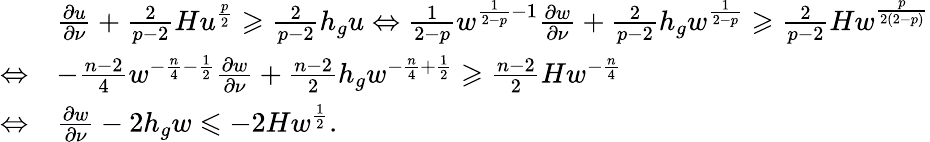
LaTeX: \begin{array}{rl}&{\frac{\partial u}{\partial\nu}+\frac{2}{p-2}Hu^{\frac{p}{2}}\geqslant\frac{2}{p-2}h_{g}u\Leftrightarrow\frac{1}{2-p}w^{\frac{1}{2-p}-1}\frac{\partial w}{\partial\nu}+\frac{2}{p-2}h_{g}w^{\frac{1}{2-p}}\geqslant\frac{2}{p-2}Hw^{\frac{p}{2(2-p)}}}\\ {\Leftrightarrow}&{-\frac{n-2}{4}w^{-\frac{n}{4}-\frac{1}{2}}\frac{\partial w}{\partial\nu}+\frac{n-2}{2}h_{g}w^{-\frac{n}{4}+\frac{1}{2}}\geqslant\frac{n-2}{2}Hw^{-\frac{n}{4}}}\\ {\Leftrightarrow}&{\frac{\partial w}{\partial\nu}-2h_{g}w\leqslant-2Hw^{\frac{1}{2}}.}\end{array}